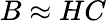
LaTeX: B\approx HC